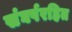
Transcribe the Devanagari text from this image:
संघर्षरहित